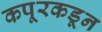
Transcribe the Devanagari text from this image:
कपूरकडून